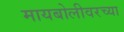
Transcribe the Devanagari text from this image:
मायबोलीवरच्या